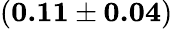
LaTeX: \mathbf{\left(0.11\pm 0.04\right)}